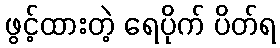
ဖွင့်ထားတဲ့ ရေပိုက် ပိတ်ရ